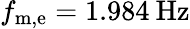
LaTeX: f_{\mathrm{m,e}}=1.984\: \mathrm{Hz}